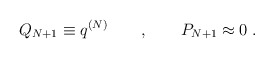
\begin{align*}Q_{N+1} \equiv q^{(N)} \qquad , \qquad P_{N+1} \approx 0 \; .\end{align*}